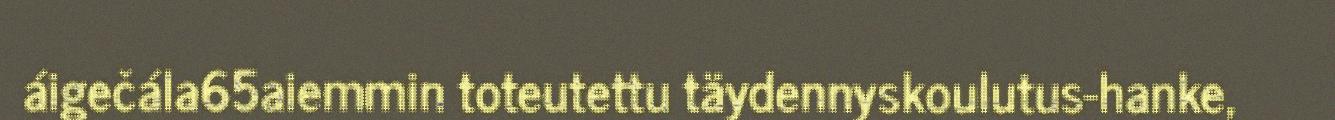
áigečála65aiemmin toteutettu täydennyskoulutus-hanke,